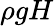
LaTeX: \rho gH